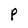
Character: P